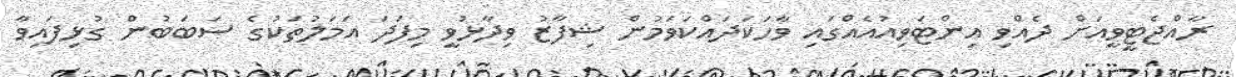
ރާއްޖެޓީވީއަށް ދެއްވި އިންޓަވިއުއެއްގައި ވާހަކަދައްކަވަމުން ޝިފާޒު ވިދާޅުވީ މިފަދަ އަމަލުތަކުގެ ސަބަބުން ގުޅިފައިވާ